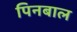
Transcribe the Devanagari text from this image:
पिनबाल